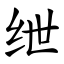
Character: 绁